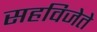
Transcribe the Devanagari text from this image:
सहविजेते